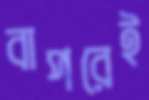
বাপরেই